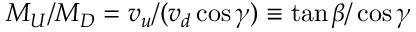
M _ { U } / M _ { D } = v _ { u } / ( v _ { d } \cos \gamma ) \equiv \tan \beta / \cos \gamma \,